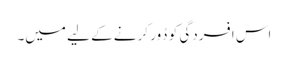
اس افسردگی کو دُور کرنے کے لیے میں۔